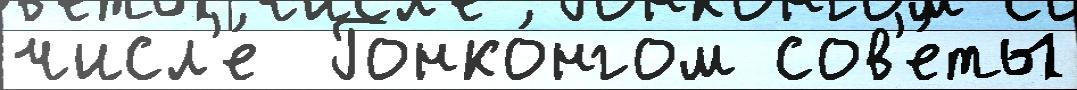
числ'е́  Гонко́нгом сов'е́ты